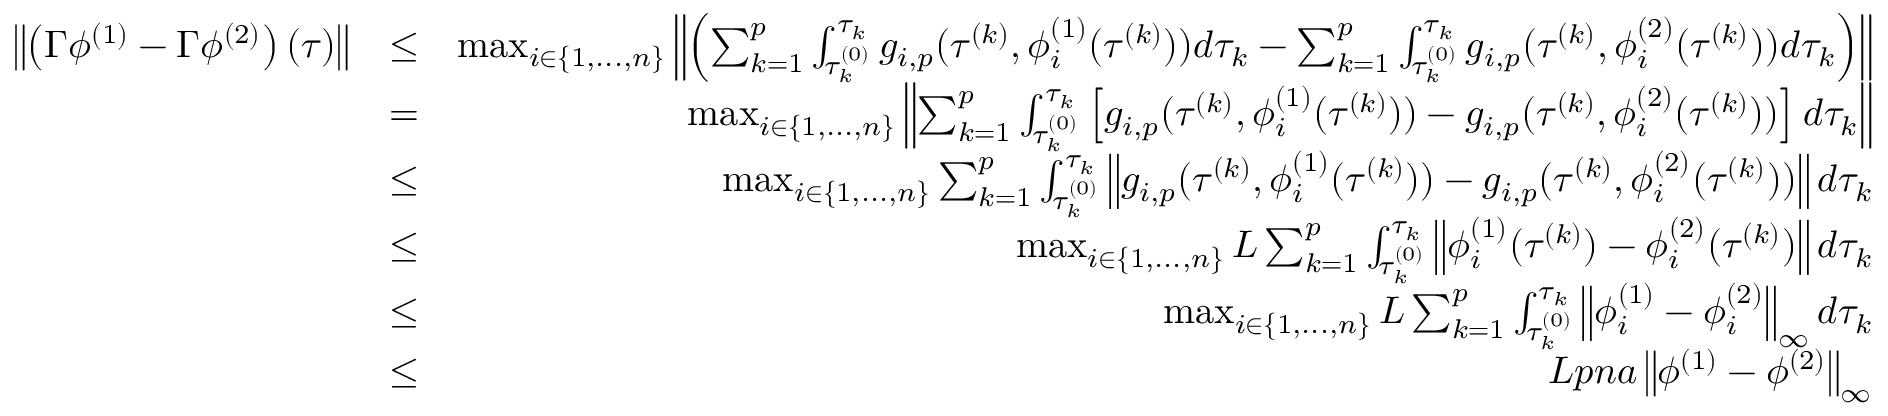
\begin{array} { r l r } { \left\| \left( \Gamma \phi ^ { ( 1 ) } - \Gamma \phi ^ { ( 2 ) } \right) ( \tau ) \right\| } & { \leq } & { \operatorname* { m a x } _ { i \in \{ 1 , . . . , n \} } \left\| \left( \sum _ { k = 1 } ^ { p } \int _ { \tau _ { k } ^ { ( 0 ) } } ^ { \tau _ { k } } g _ { i , p } ( \tau ^ { ( k ) } , \phi _ { i } ^ { ( 1 ) } ( \tau ^ { ( k ) } ) ) d \tau _ { k } - \sum _ { k = 1 } ^ { p } \int _ { \tau _ { k } ^ { ( 0 ) } } ^ { \tau _ { k } } g _ { i , p } ( \tau ^ { ( k ) } , \phi _ { i } ^ { ( 2 ) } ( \tau ^ { ( k ) } ) ) d \tau _ { k } \right) \right\| } \\ & { = } & { \operatorname* { m a x } _ { i \in \{ 1 , . . . , n \} } \left\| \sum _ { k = 1 } ^ { p } \int _ { \tau _ { k } ^ { ( 0 ) } } ^ { \tau _ { k } } \left[ g _ { i , p } ( \tau ^ { ( k ) } , \phi _ { i } ^ { ( 1 ) } ( \tau ^ { ( k ) } ) ) - g _ { i , p } ( \tau ^ { ( k ) } , \phi _ { i } ^ { ( 2 ) } ( \tau ^ { ( k ) } ) ) \right] d \tau _ { k } \right\| } \\ & { \leq } & { \operatorname* { m a x } _ { i \in \{ 1 , . . . , n \} } \sum _ { k = 1 } ^ { p } \int _ { \tau _ { k } ^ { ( 0 ) } } ^ { \tau _ { k } } \left\| g _ { i , p } ( \tau ^ { ( k ) } , \phi _ { i } ^ { ( 1 ) } ( \tau ^ { ( k ) } ) ) - g _ { i , p } ( \tau ^ { ( k ) } , \phi _ { i } ^ { ( 2 ) } ( \tau ^ { ( k ) } ) ) \right\| d \tau _ { k } } \\ & { \leq } & { \operatorname* { m a x } _ { i \in \{ 1 , . . . , n \} } L \sum _ { k = 1 } ^ { p } \int _ { \tau _ { k } ^ { ( 0 ) } } ^ { \tau _ { k } } \left\| \phi _ { i } ^ { ( 1 ) } ( \tau ^ { ( k ) } ) - \phi _ { i } ^ { ( 2 ) } ( \tau ^ { ( k ) } ) \right\| d \tau _ { k } } \\ & { \leq } & { \operatorname* { m a x } _ { i \in \{ 1 , . . . , n \} } L \sum _ { k = 1 } ^ { p } \int _ { \tau _ { k } ^ { ( 0 ) } } ^ { \tau _ { k } } \left\| \phi _ { i } ^ { ( 1 ) } - \phi _ { i } ^ { ( 2 ) } \right\| _ { \infty } d \tau _ { k } } \\ & { \leq } & { L p n a \left\| \phi ^ { ( 1 ) } - \phi ^ { ( 2 ) } \right\| _ { \infty } } \end{array}